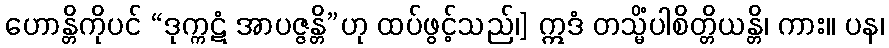
ဟောန္တိကိုပင် “ဒုက္ကဋံ အာပဇ္ဇန္တိ”ဟု ထပ်ဖွင့်သည်၊] ဣဒံ တသ္မိံပါစိတ္တိယန္တိ၊ ကား။ ပန၊